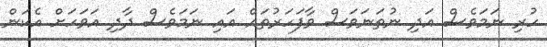
ހުރި ނަަމަވެސް އަދި ނުތަނަވަސް ވާފަހަރުތައް އައި ނަމަވެސް ދާދި އަވަހަށް އެކަން